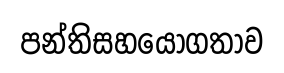
පන්තිසහයෝගතාව